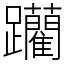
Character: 躪